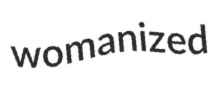
womanized